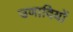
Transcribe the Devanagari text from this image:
उणादियों